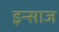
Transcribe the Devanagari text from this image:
इन्साज